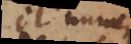
et omne